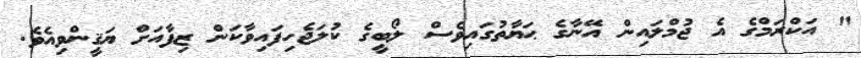
" އަކްރަމްގެ އެ ޖުމްލައިން އޭނާގެ ޙަޔާތުގައިވެސް ލޯބީގެ ކުލަޖެހިފައިވާކަން ޒިފާއަށް ޔަޤީންވިއެވެ.